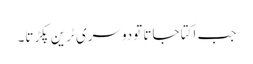
جب اکتا جاتا تودوسری ٹرین پکڑتا۔